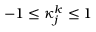
- 1 \le \kappa _ { j } ^ { k } \le 1